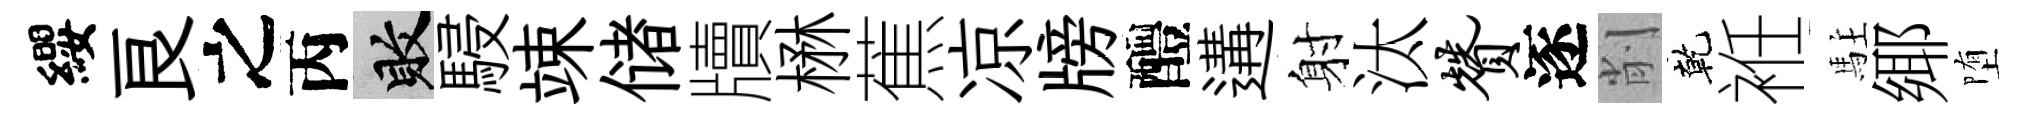
纓良之丙敗駸竦储牘楙蕉凉牓醴遘射汰赞逐削乾袵駐鄊堕